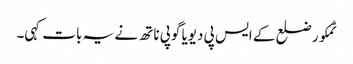
ٹمکور ضلع کے ایس پی دیویا گوپی ناتھ نے یہ بات کہی۔